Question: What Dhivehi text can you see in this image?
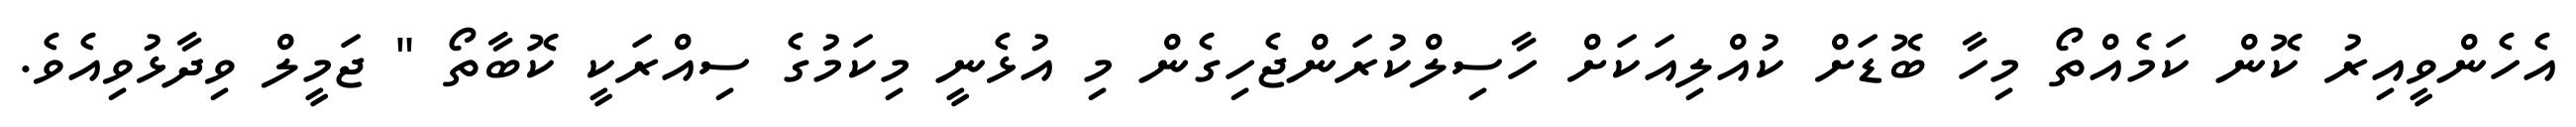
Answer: އެހެންވީއިރު ކޮން ކަމެއްތޯ މިހާ ބޮޑަށް ކުއްލިއަކަށް ހާސިލްކުރަންޖެހިގެން މި އުޅެނީ މިކަމުގެ ސިއްރަކީ ކޮބާތޯ " ޖަމީލް ވިދާޅުވިއެވެ.